Vaccination report Assam 1874-1896 - 1874-1896
Year: 1874
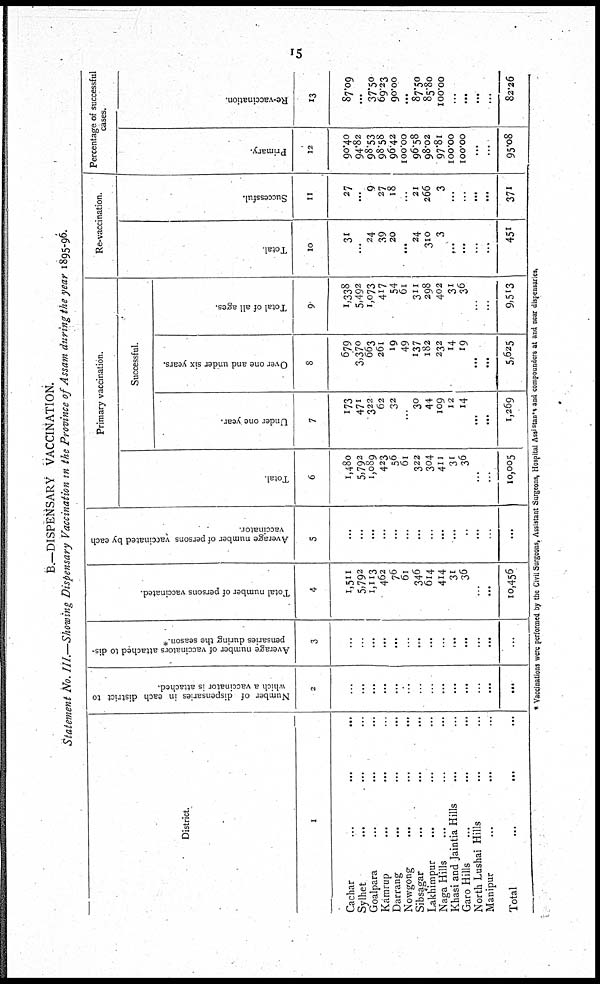
15
B.—DISPENSARY VACCINATION.
Statement No. III.—Showing Dispensary Vaccination in the Province of Assam during the year 1895-96.
District.
1
Cachar
...
...
...
Sylhet ... ... ...
Goalpara ... ... ...
Kamrup ... ... ...
Darrang ... ... ...
Nowgong
...
...
...
Sibsagar
...
...
...
Lakhimpur ... ... ...
Naga Hills ... ... ...
Khasi and Jaintia Hills ...
Garo Hills ... ... ...
North Lushai Hills ... ...
Manipur ... ... ...
Total ... ... ...
Number of dispensaries in each district to
which a vaccinator is attached.
2
...
...
...
...
...
...
...
...
...
...
...
...
...
...
Average number of vaccinators attached to dis-
pensaries during the season.*
3
...
...
...
...
...
...
...
...
...
...
...
...
...
...
Total number of persons vaccinated.
4
1,511
5,792
1,113
462
76
61
346
614
414
31
36
...
...
10,456
Average number of persons vaccinated by each
vaccinator.
5
...
...
...
...
...
...
...
...
...
...
...
...
...
...
Primary vaccination.
Total.
6
1,480
5,792
1,089
423
56
61
322
304
411
31
36
...
...
10,005
Successful.
Under one year.
7
173
471
322
62
32
... 30
44
109
12
14
...
...
1,269
Over one and under six years.
8
679
3,370
663
261
19
49
137
182
232
14
19
...
...
5,625
Total of all ages.
9
1,338
5,492
1,073
417
54
61
311
298
402
31
36
...
...
9,513
Re-vaccination.
Total.
10
31
...
24
39
20
... 24
310
3
...
...
...
...
451
Successful.
11
27
...
9
27
18
... 21
266
3
...
...
...
...
371
Percentage of successful
cases.
Primary.
12
90.40
94.82
98.53
98.58
96.42
100.00
96.58
98.02
97.81
100.00
100.00
...
...
95.08
Re-vaccination.
13
87.09
...
37.50
69.23
90.00
... 87.50
85.80
100.00
...
...
...
...
82.26
* Vaccinations were performed by the Civil Surgeons, Assistant Surgeons, Hospital Assistants and compounders at and near dispensaries.